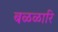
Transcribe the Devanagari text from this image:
बळळारि